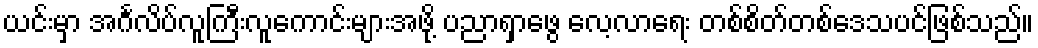
ယင်းမှာ အင်္ဂလိပ်လူကြီးလူကောင်းများအဖို့ ပညာရှာဖွေ လေ့လာရေး တစ်စိတ်တစ်ဒေသပင်ဖြစ်သည်။